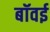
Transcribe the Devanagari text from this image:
बॉवई